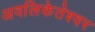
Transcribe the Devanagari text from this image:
अवलिकेतेश्‍वर